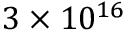
3 \times 1 0 ^ { 1 6 }